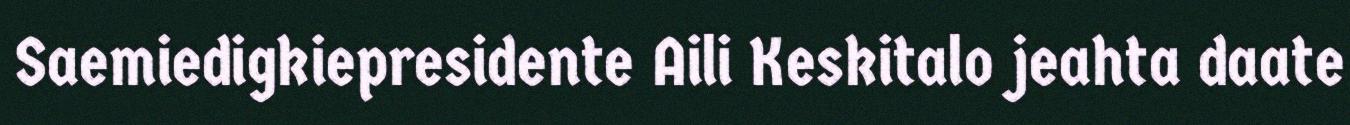
Saemiedigkiepresidente Aili Keskitalo jeahta daate